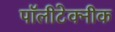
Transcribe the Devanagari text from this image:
पॉलीटेक्नीक